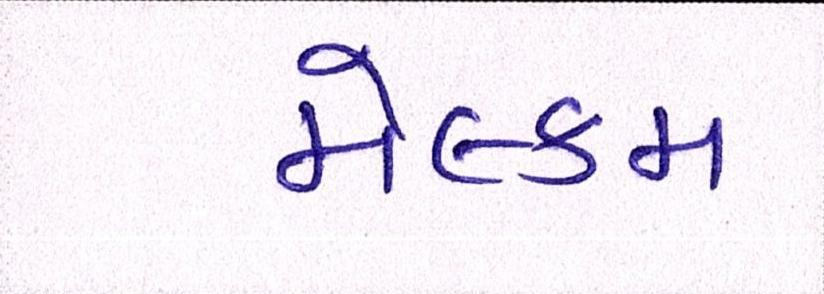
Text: મેલ્કમ